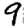
Digit: 9